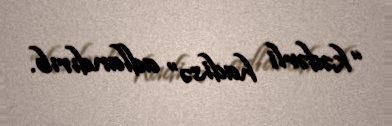
“kədərli hadisə” adlandırıb.